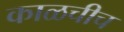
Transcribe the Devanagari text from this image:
काळचीच